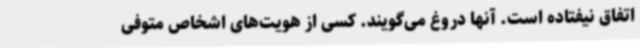
اتفاق نیفتاده است. آنها دروغ می‌گویند. کسی از هویت‌های اشخاص متوفی